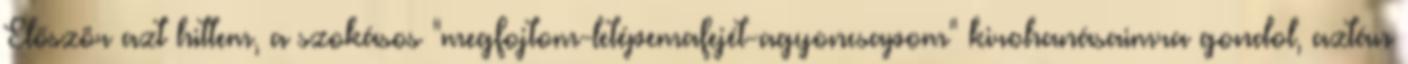
Először azt hittem, a szokásos "megfojtom-letépemafejét-agyoncsapom" kirohanásaimra gondol, aztán